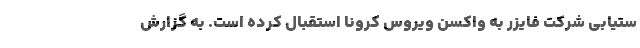
ستیابی شرکت فایزر به واکسن ویروس کرونا استقبال کرده است. به گزارش